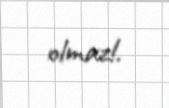
olmaz!.